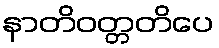
နာတိဝတ္တတိပေ